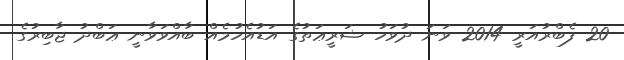
20 ފެބްރުއަރީ 2014 ވަނަ ދުވަހު ޝަރީޢަތުގެ އަޑުއެހުމެއް ބާއްވަވާނީ ޢަބްދު ޖާބިރުގެ